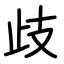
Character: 歧